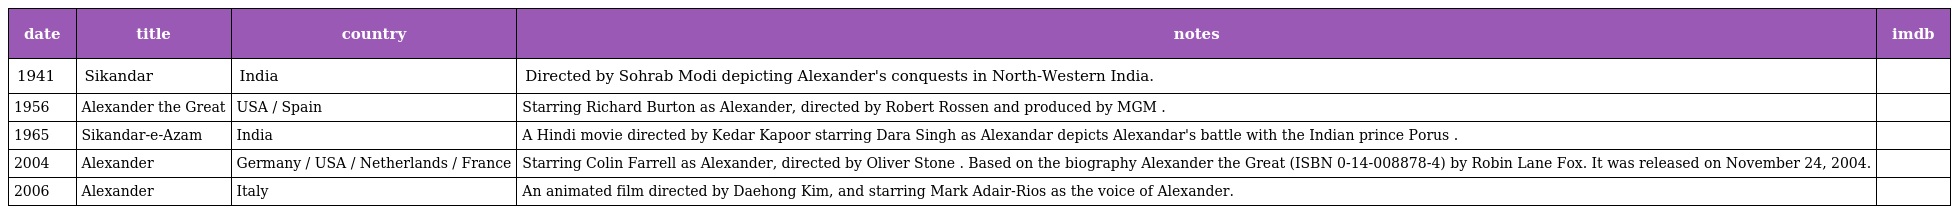
| date | title | country | notes | imdb |
 | --- | --- | --- | --- | --- |
 | 1941 | Sikandar | India | Directed by Sohrab Modi depicting Alexander's conquests in North-Western India. |  |
 | 1956 | Alexander the Great | USA / Spain | Starring Richard Burton as Alexander, directed by Robert Rossen and produced by MGM . |  |
 | 1965 | Sikandar-e-Azam | India | A Hindi movie directed by Kedar Kapoor starring Dara Singh as Alexandar depicts Alexandar's battle with the Indian prince Porus . |  |
 | 2004 | Alexander | Germany / USA / Netherlands / France | Starring Colin Farrell as Alexander, directed by Oliver Stone . Based on the biography Alexander the Great (ISBN 0-14-008878-4) by Robin Lane Fox. It was released on November 24, 2004. |  |
 | 2006 | Alexander | Italy | An animated film directed by Daehong Kim, and starring Mark Adair-Rios as the voice of Alexander. |  |